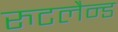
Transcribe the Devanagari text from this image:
रुटलैन्ड